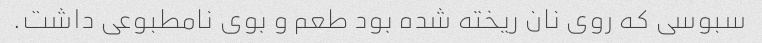
سبوسی که روی نان ریخته شده بود طعم و بوی نامطبوعی داشت.